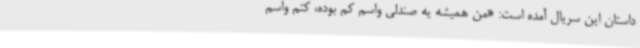
داستان این سریال آمده است: «من همیشه یه صندلی واسم کم بوده، کتم واسم